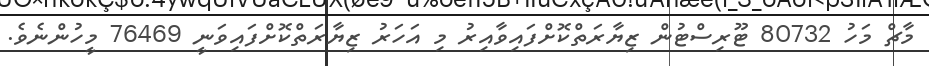
މާޗް މަހު 80732 ޓޫރިސްޓުން ޒިޔާރަތްކޮށްފައިވާއިރު މި އަހަރު ޒިޔާރަތްކޮށްފައިވަނީ 76469 މީހުންނެވެ.